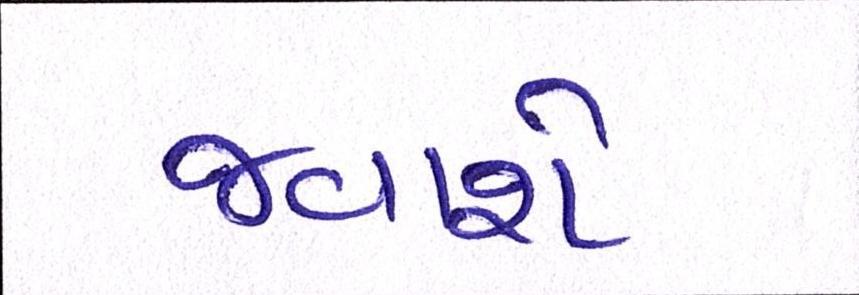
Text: જવાશે